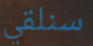
سنلقي